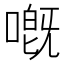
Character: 嘅